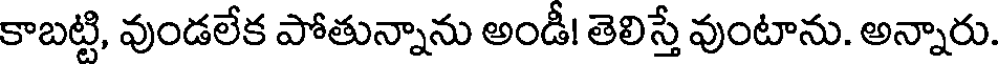
కాబట్టి, వుండలేక పోతున్నాను అండీ! తెలిస్తే వుంటాను. అన్నారు.